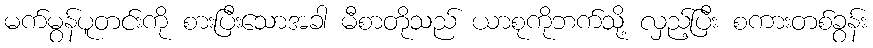
မက်မွန်ပူတင်းကို စားပြီးသောအခါ မီစာတိုသည် ယာစုကိုဘက်သို့ လှည့်ပြီး စကားတစ်ခွန်း